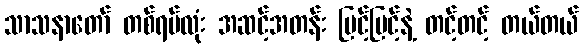
သာသနာတော် တစ်ရပ်လုံး အဆင့်အတန်း မြင့်မြင့်နဲ့ တင့်တင့် တယ်တယ်